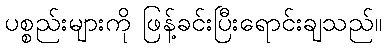
ပစ္စည်းများကို ဖြန့်ခင်းပြီးရောင်းချသည်။